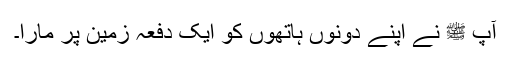
آپ ﷺ نے اپنے دونوں ہاتھوں کو ایک دفعہ زمین پر مارا۔